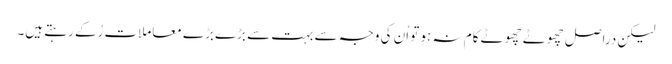
لیکن دراصل چھوٹے چھوٹے کام نہ ہو تو اُن کی وجہ سے بہت سے بڑے بڑے معاملات رُکے رہتے ہیں۔